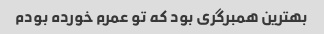
بهترین همبرگری بود که تو عمرم خورده بودم